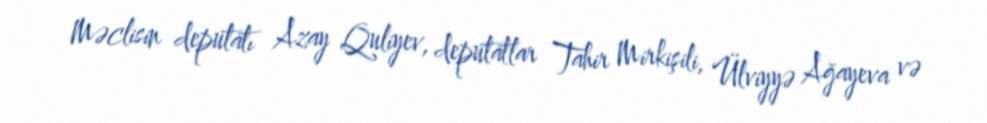
Məclisin deputatı Azay Quliyev, deputatlar Tahir Mirkişili, Ülviyyə Ağayeva və